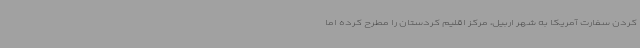
کردن سفارت آمریکا به شهر اربیل، مرکز اقلیم کردستان را مطرح کرده اما